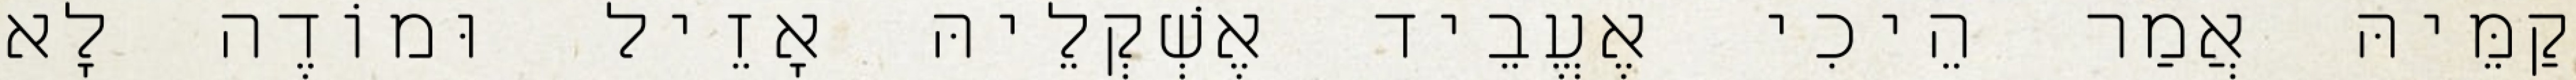
קַמֵּיהּ אֲמַר הֵיכִי אֶעֱבֵיד אֶשְׁקְלֵיהּ אָזֵיל וּמוֹדֶה לָא